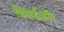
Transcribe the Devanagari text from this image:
डिसर्डऑर